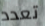
تعدد